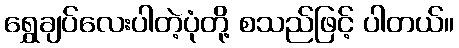
ရွှေချပ်လေးပါတဲ့ပုံတို့ စသည်ဖြင့် ပါတယ်။